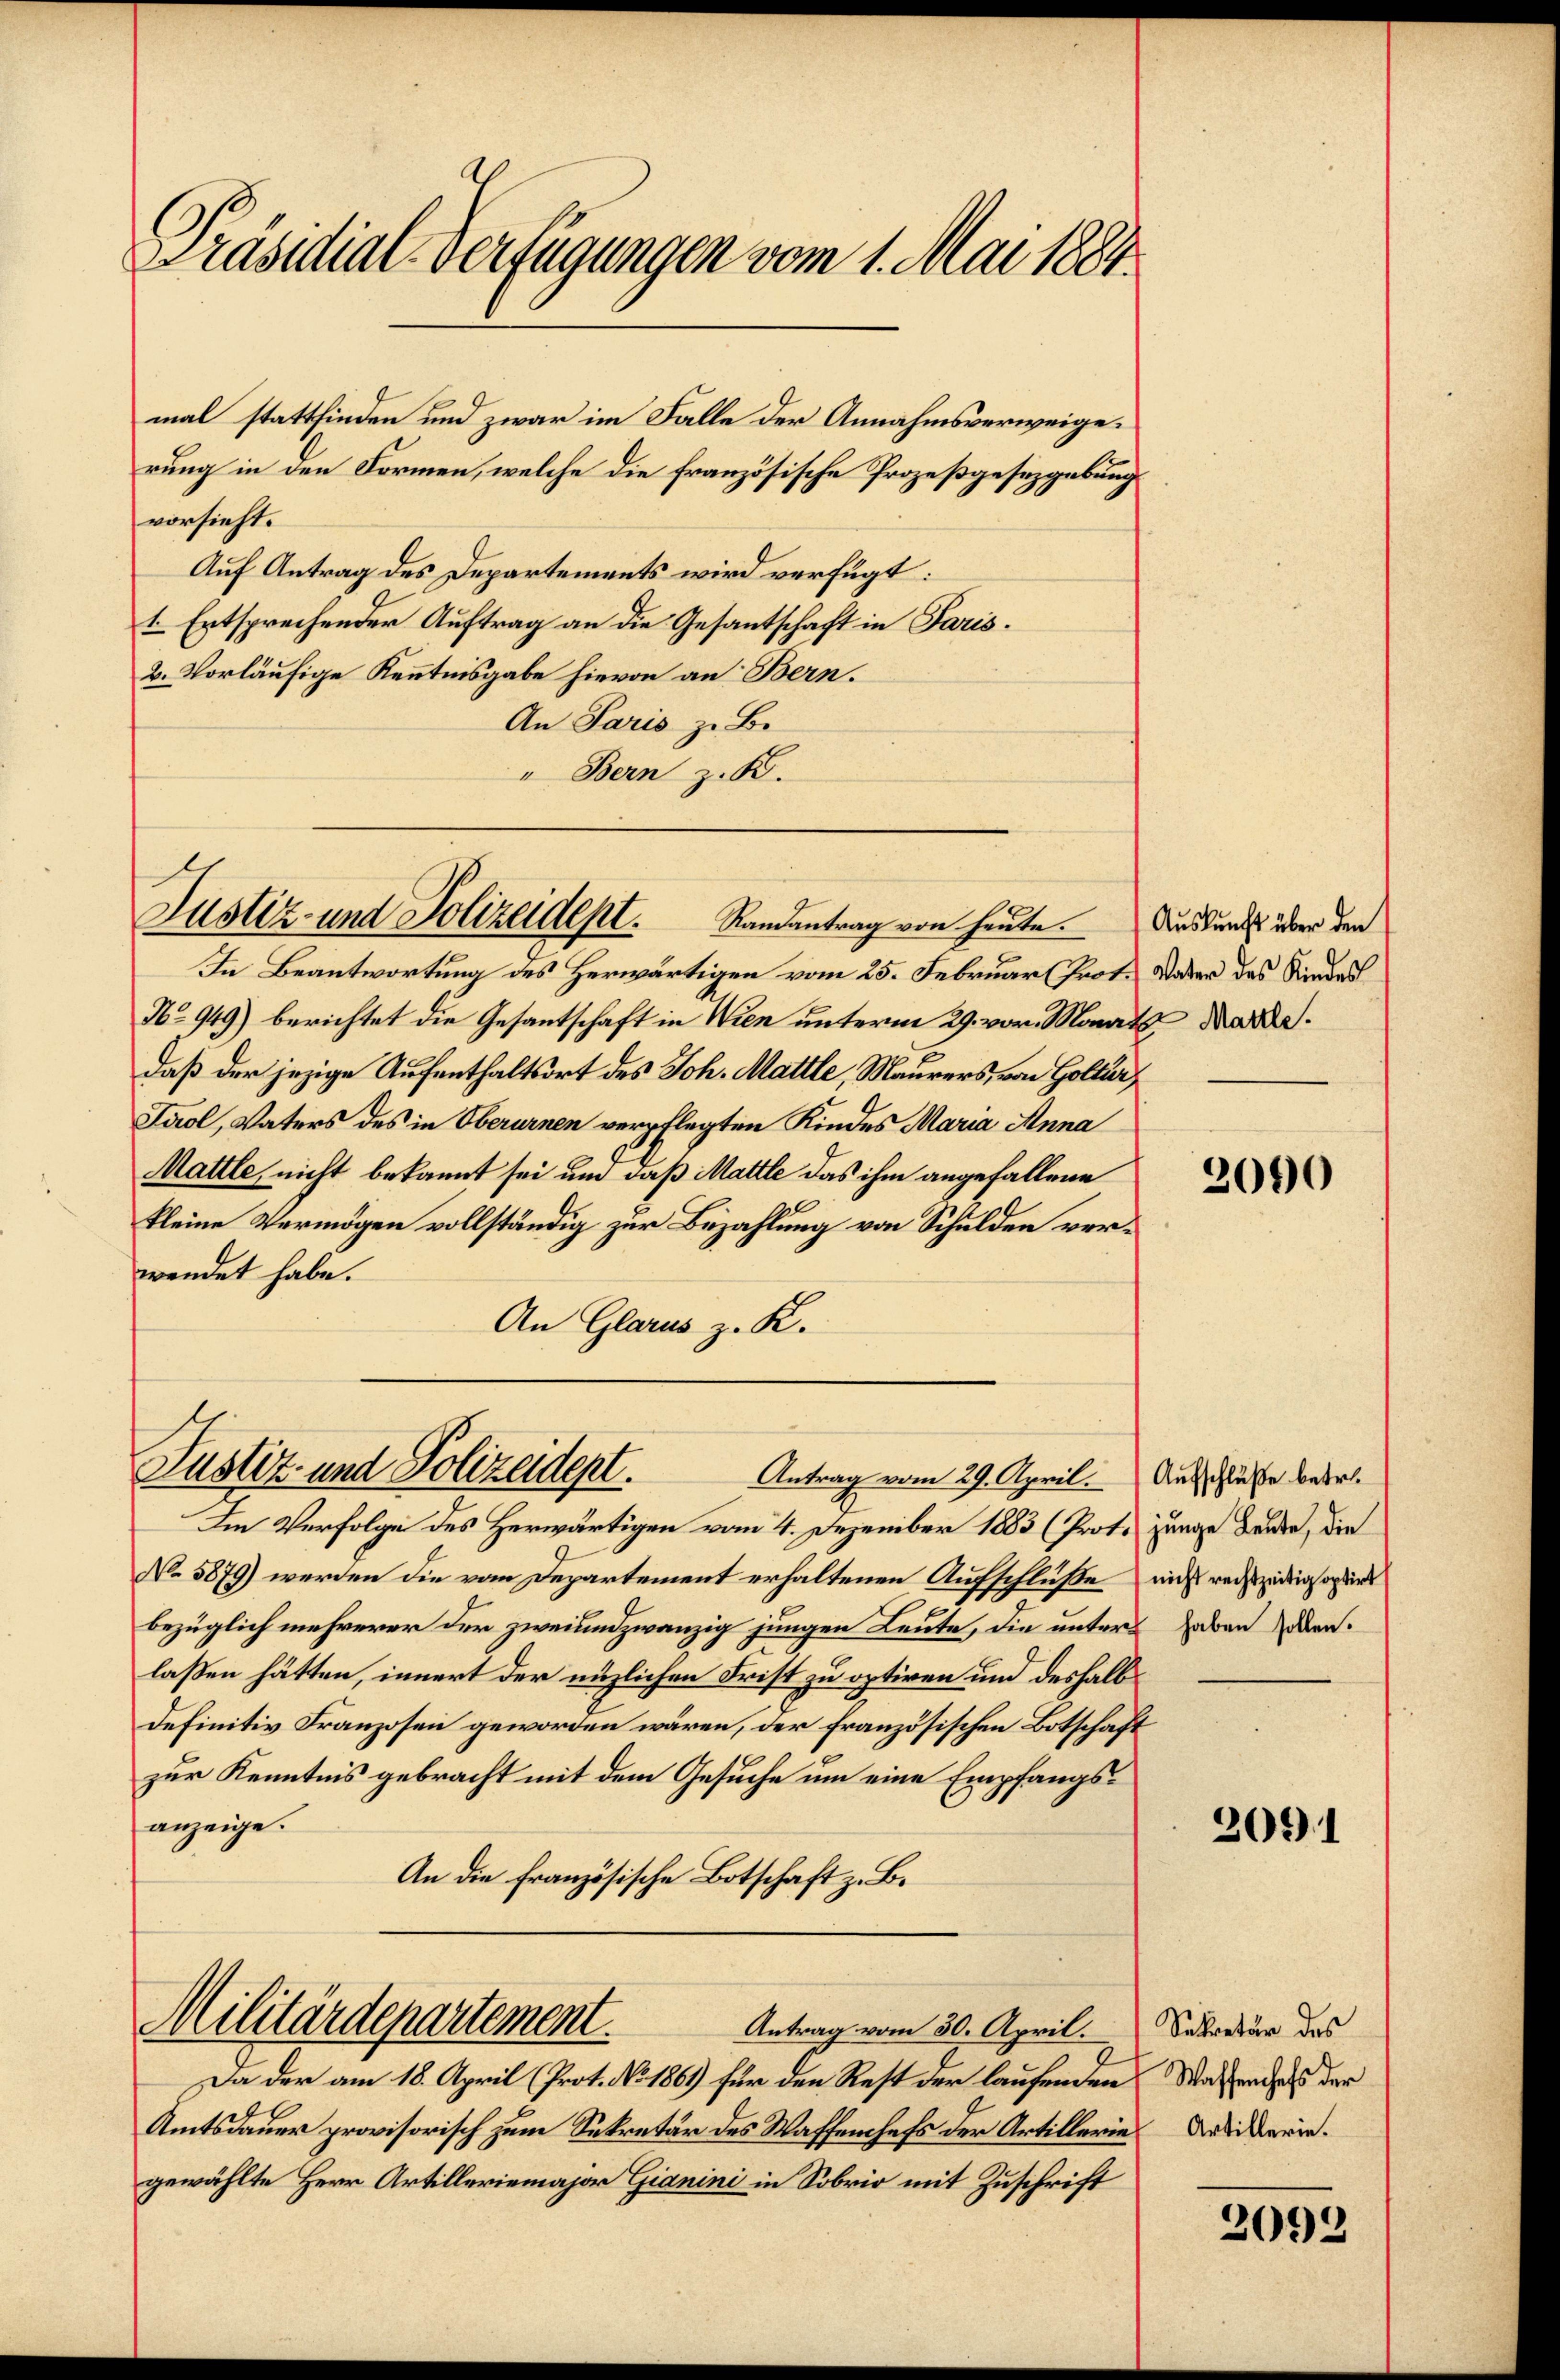
Präsidial-Verfügungen vom 1. Mai 1884.

mal stattfinden und zwar im Falle der Annahmsverweigerung in den Formen, welche die französische Prozeßgesetzgebung
vorsieht.
Auf Antrag des Departements wird verfügt:
t Entsprechender Auftrag an die Gesantschaft in Paris.
2. Vorläufige Kenntnisgabe hievon an Bern.
An Paris zu Be
" Bern z. B.

Justiz- und Polizeidept. Randantrag von heute.

In Beantwortung des Herwärtigen vom 25. Februar (Prot. Vater das Kindes
No 949) berichtet die Gesantschaft in Wien unterm 29. vor. Monat Marde.
E
daß der jezige Aufenthaltsort des Joh. Mattle, Maurers, von Goltur
Tirol, Vaters des in Oberurnen verpflegten Kindes Maria Anna
Mattle, nicht bekannt sei und daß Mattle das ihm angefallene
kleine Vermögen vollständig zur Bezahlung von Schulden verwendet habe.
An Glarus z. R.

Im Verfolge des Herwärtigen vom 4. Dezember 1883 (Prot. junge Lade, die
No 5879) werden die vom Departement erhaltenen Aufschluße nicht rechtzüdigors
bezüglich mehrerer der zweiundzwanzig jungen Leute, die unters haben den
laßen hätten, innert der nüzlichen Frist zu optiren und deshalbdefinitiv Franzosen geworden wären, der französischen Botschaft
zur Kenntnis gebracht mit dem Gesuche um eine Empfangsanzeige.
An die französische Botschaft z. B.

Justiz- und Polizeident.
Antrag vom 29. April.

Militärdepartement.
Antrag vom 30. April.

Da der am 18. April (Prot. No 1861 für den Rest der laufenden Wassendass der
Amtsdauer provisorisch zum Sekretär des Waffenchefs der Artillerie Wideringewählte Herr Artilleriemajor Gianini in Sobrio mit Zuschrift

Auskunft über den

2090

Aufschluße betr.

2091

Sekretär des

2092